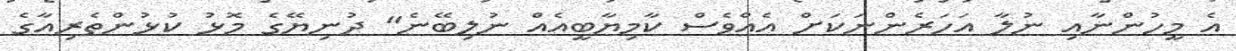
އެ މީހުންނާއި ނުލާ އަހަރެންނަކަށް އެއްވެސް ކާމިޔާބީއެއް ނުލިބޭނެ" ދުނިޔޭގެ މޮޅު ކުޅުންތެރިއާގެ